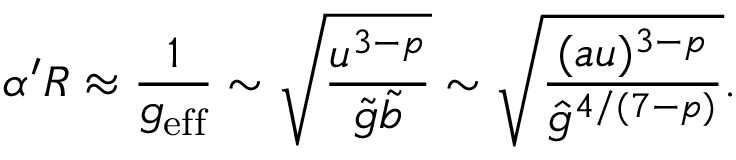
\alpha ^ { \prime } R \approx \frac { 1 } { g _ { \mathrm { e f f } } } \sim \sqrt { \frac { u ^ { 3 - p } } { \tilde { g } \tilde { b } } } \sim \sqrt { \frac { ( a u ) ^ { 3 - p } } { { \hat { g } } ^ { 4 / ( 7 - p ) } } } .